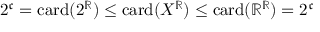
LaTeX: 2 ^ { \mathfrak { c } } = \mathrm { c a r d } ( 2 ^ { \mathbb { R } } ) \leq \mathrm { c a r d } ( X ^ { \mathbb { R } } ) \leq \mathrm { c a r d } ( \mathbb { R } ^ { \mathbb { R } } ) = 2 ^ { \mathfrak { c } }